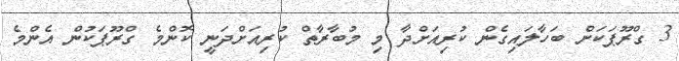
3 ގްރޫޕަކަށް ބަހާލައިގެން ކުރިއަށްދާ މި މުބާރާތް ކުރިއަށްދަނީ ކޮންމެ ގްރޫޕަކުން އެންމެ